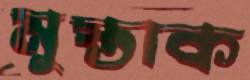
মুস্তাক